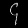
Digit: ၄